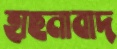
হাছনাবাদ